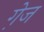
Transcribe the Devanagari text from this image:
गे़ज